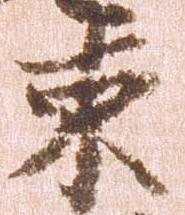
束